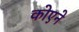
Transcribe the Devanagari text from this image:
कोएने